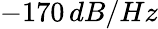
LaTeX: -170\, dB/Hz